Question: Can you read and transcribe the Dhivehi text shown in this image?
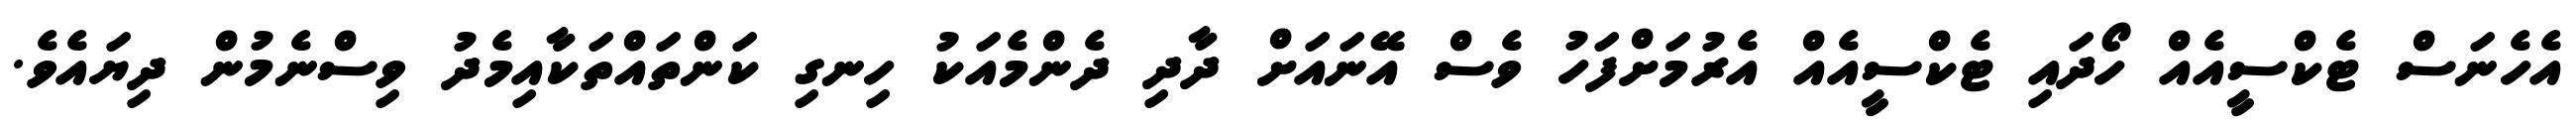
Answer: އެހެނަސް ޓެކްސީއެއް ހޯދައި ޓެކްސީއެއް އެރުމަށްފަހު ވެސް އޭނައަށް ދާދި ދެންމެއަކު ހިނގި ކަންތައްތަކާއިމެދު ވިސްނެމުން ދިޔައެވެ.